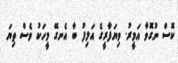
ކޮސް ނުގޮވާ އަމީރު. ވިޔަފާރީގެ އަލިފު ބާ އެނގޭ މީހަކު ވެސް ތިޔަ